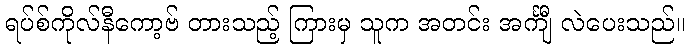
ရပ်စ်ကိုလ်နီကော့ဗ် တားသည့် ကြားမှ သူက အတင်း အင်္ကျီ လဲပေးသည်။